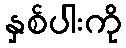
နှစ်ပါးကို